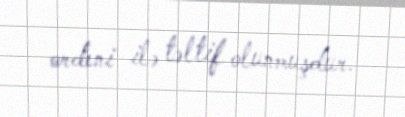
ordeni ilə təltif olunmuşdur.